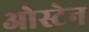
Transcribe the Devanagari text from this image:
ओस्टेन